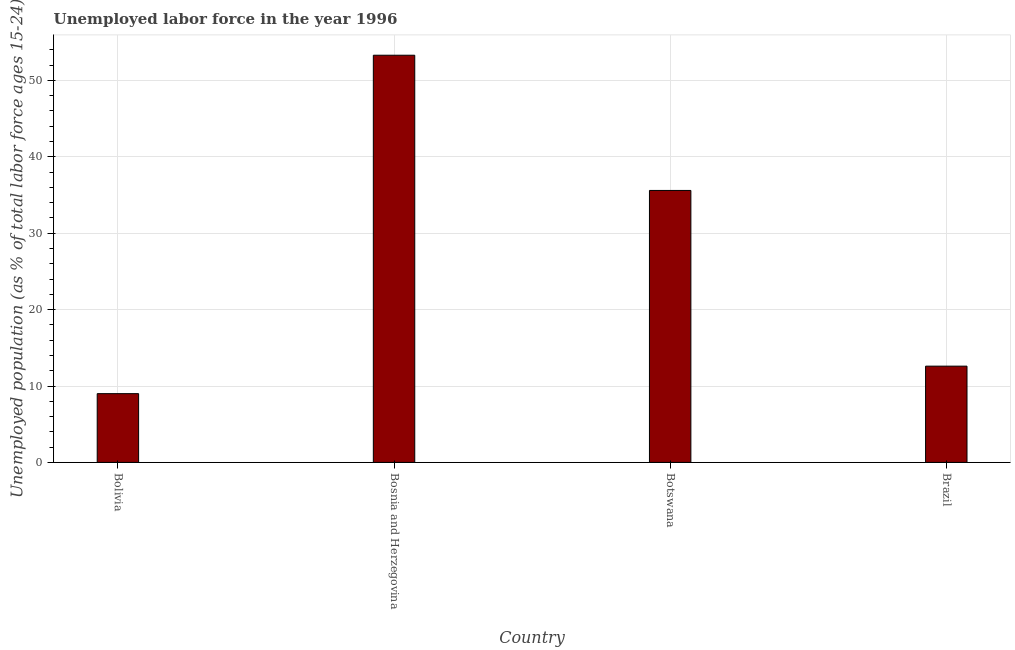
| Country | Unemployment |
 | --- | --- |
 | Bolivia | 9 |
 | Bosnia and Herzegovina | 53.3 |
 | Botswana | 35.6 |
 | Brazil | 12.6 |